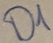
Text: D1